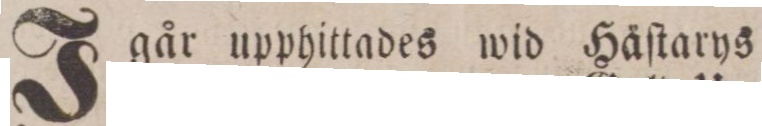
J går upphittades wid Häſtarys